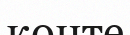
көнте